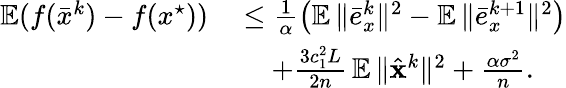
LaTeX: \begin{array}{rl}{\mathop{\mathbb{E}}(f(\bar{x}^{k})-f(x^{\star}))\ }&{\leq\frac{1}{\alpha}\left(\mathop{\mathbb{E}}\| \bar{e}_{x}^{k}\| ^{2}-\mathop{\mathbb{E}}\| \bar{e}_{x}^{k+1}\| ^{2}\right)}\\ &{\quad+\frac{3c_{1}^{2}L}{2n}\mathop{\mathbb{E}}\| \hat{{\mathbf{x}}}^{k}\| ^{2}+\frac{\alpha\sigma^{2}}{n}.}\end{array}